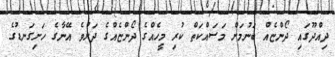
ދިއްދޫގައި ދޯންޏެއް ބަނުމަށް މަސައްކަތް ކުރި މީހެއްގެ ދޯންޏެއްގެ ދަށުވެ އޭނާގެ ހަށިގަނޑުގެ